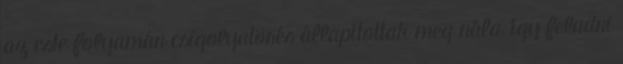
az este folyamán csigolyatörés állapítottak meg nála, így feladni